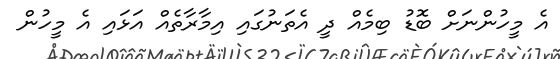
އެ މީހުންނަށް ބޮޑު ބިމެއް ދީ އެތަނުގައި އިމާރާތެއް އަޅައި އެ މީހުން